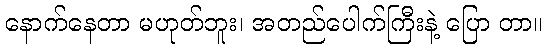
နောက်နေတာ မဟုတ်ဘူး၊ အတည်ပေါက်ကြီးနဲ့ ပြော တာ။